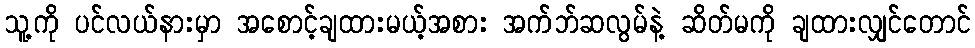
သူ့ကို ပင်လယ်နားမှာ အစောင့်ချထားမယ့်အစား အက်ဘ်ဆလွမ်နဲ့ ဆိတ်မကို ချထားလျှင်တောင်